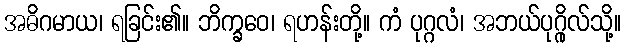
အဓိဂမာယ၊ ရခြင်း၏။ ဘိက္ခဝေ၊ ရဟန်းတို့။ ကံ ပုဂ္ဂလံ၊ အဘယ်ပုဂ္ဂိုလ်သို့။